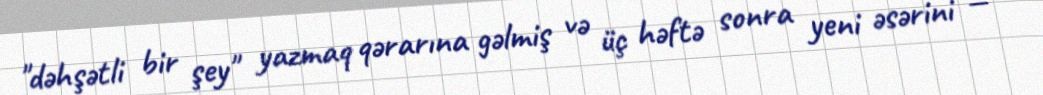
"dəhşətli bir şey" yazmaq qərarına gəlmiş və üç həftə sonra yeni əsərini —